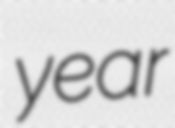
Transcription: year